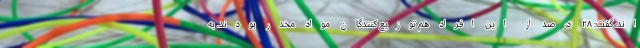
اند، گفت: ۲۸ درصد از این افراد هم توزیع کنندگان مواد مخدر بودند. به